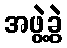
အဖွဲ့ခွဲ